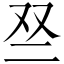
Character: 𫡱